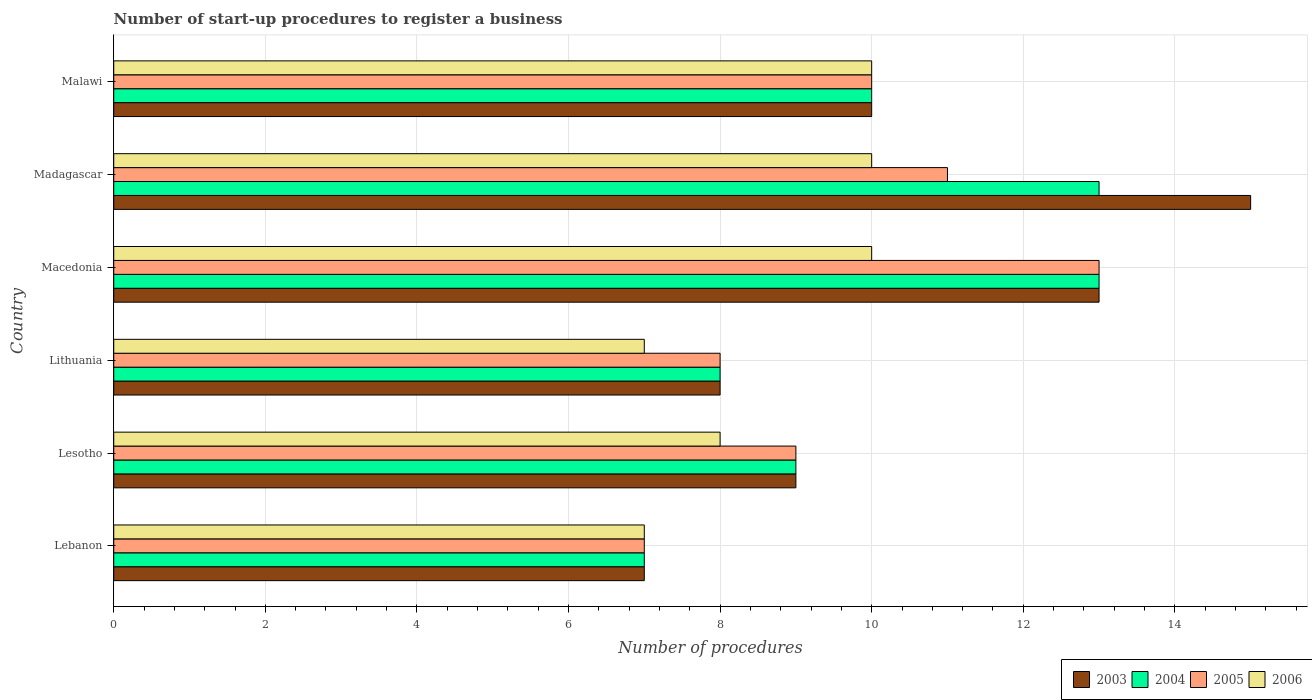
| Country | 2003 | 2004 | 2005 | 2006 |
 | --- | --- | --- | --- | --- |
 | Lebanon | 7 | 7 | 7 | 7 |
 | Lesotho | 9 | 9 | 9 | 8 |
 | Lithuania | 8 | 8 | 8 | 7 |
 | Macedonia | 13 | 13 | 13 | 10 |
 | Madagascar | 15 | 13 | 11 | 10 |
 | Malawi | 10 | 10 | 10 | 10 |